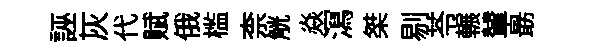
誣灰代赋俄槛柰觥焱㵼桀剔苓輾輦朂